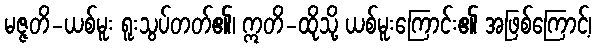
မဇ္ဇတိ-ယစ်မူး ရူးသွပ်တတ်၏၊ ဣတိ-ထိုသို့ ယစ်မူးကြောင်း၏ အဖြစ်ကြောင့်၊